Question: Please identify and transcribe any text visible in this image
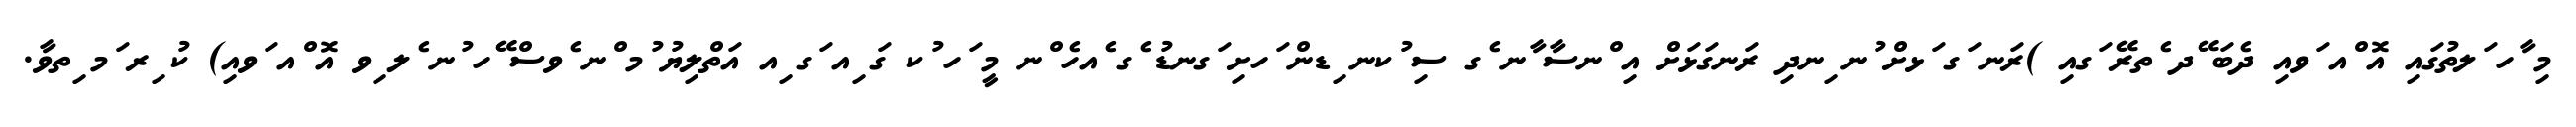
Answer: މި ާހ ަލތުގައި އޮ ްއ ަވއި ދެބަ ޭދ ެތރޭ ަގއި )ރަނ ަގ ަޅށް ުނ ިނދި ރަނގަޅަށް އި ްނސާ ާނ ެގ ސި ުކނ ިޑން ަހށި ަގނޑު ެގ ެއހެ ްނ މީ ަހ ުކ ގަ ިއ ަގ ިއ އަތްލިޔު ުމ ްނ ެވސް ޭހ ުނ ެލ ިވ އޮ ްއ ަވއި) ކު ިރ ަމ ިތވާ.